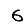
Digit: 6